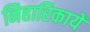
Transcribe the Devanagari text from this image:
निहारिकायें